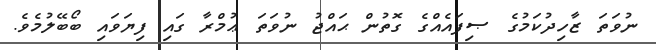
ނުވަތަ ޒާހިދުކަމުގެ ޞިފައެއްގެ ގޮތުން ޙައްޖު ނުވަތަ ޢުމްރާ ގައި ފިޔަވައި ބޯބޭލުމެވެ.